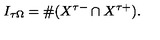
I _ { \tau \Omega } = \# ( X ^ { \tau - } \cap X ^ { \tau + } ) .